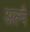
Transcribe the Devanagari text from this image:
अल्पै